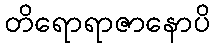
တိရောရာဇာနောပိ